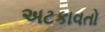
અટકાવતો